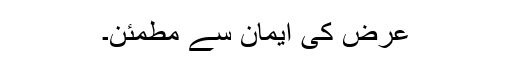
عرض کی ایمان سے مطمئن۔